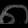
Digit: ၈